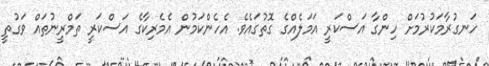
ހަނގުރާމަކުރުމަށް ހިންގާ އަސްކަރީ އަމަލެއްގެ ގޮތުގައެވެ. އެހެންކަމުން އެމެރިކާގެ އަސްކަރީ ތަމްރީނުތައް ވަގުތީ